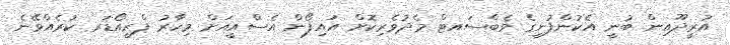
އުރީދޫއިން ބުނީ އެކުންފުނީގެ ވެބްސައޓް މެދުވެރިކޮށް އައިފޯން އެސްއީއަށް މިހާރު ޕްރީއޯޑަރ ކުރެއްވޭނެ